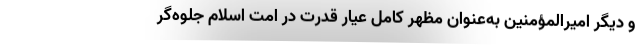
و دیگر امیرالمؤمنین به‌عنوان مظهر کامل عیار قدرت در امت اسلام جلوه‌گر